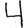
Digit: 4